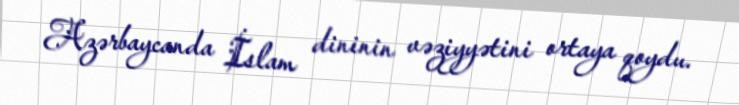
Azərbaycanda İslam dininin vəziyyətini ortaya qoydu.